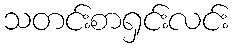
သတင်းစာရှင်းလင်း